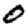
Digit: 0